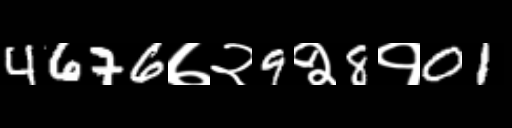
Text: 4676७२9२8१01